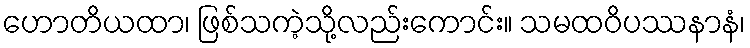
ဟောတိယထာ၊ ဖြစ်သကဲ့သို့လည်းကောင်း။ သမထဝိပဿနာနံ၊